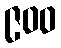
၉၀၀